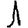
Digit: 1